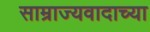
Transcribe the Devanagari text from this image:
साम्राज्यवादाच्या